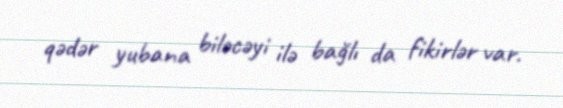
qədər yubana biləcəyi ilə bağlı da fikirlər var.